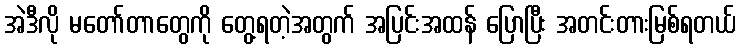
အဲဒီလို မတော်တာတွေကို တွေ့ရတဲ့အတွက် အပြင်းအထန် ပြောပြီး အတင်းတားမြစ်ရတယ်